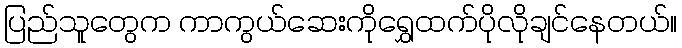
ပြည်သူတွေက ကာကွယ်ဆေးကိုရွှေထက်ပိုလိုချင်နေတယ်။